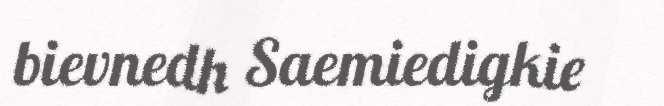
bievnedh Saemiedigkie